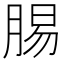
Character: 𮌝